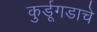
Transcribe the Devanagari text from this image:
कुर्डूगडाचे